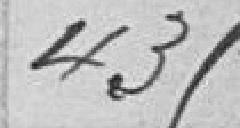
435